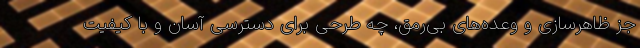
جز ظاهرسازی و وعده‌های بی‌رمق، چه طرحی برای دسترسی آسان و با کیفیت